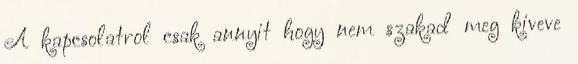
A kapcsolatrol csak annyit hogy nem szakad meg kiveve